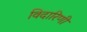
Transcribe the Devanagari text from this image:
विदारिणी